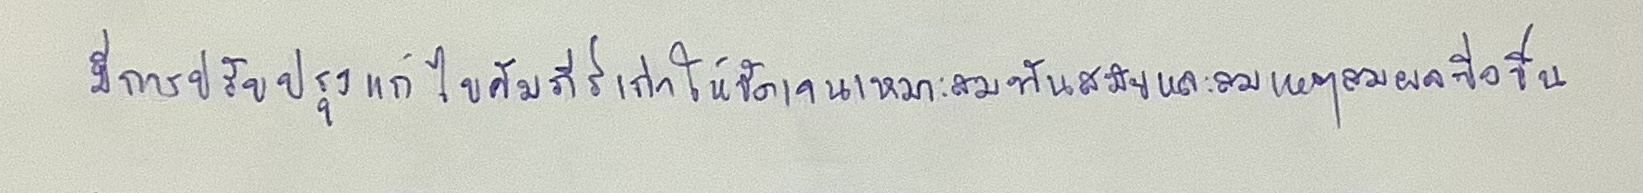
มีการปรับปรุงแก้ไขคัมภีร์เก่าให้ชัดเจนเหมาะสมทันสมัยและสมเหตุสมผลยิ่งขึ้น